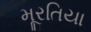
મૂરતિયા